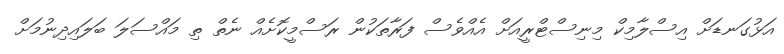
އަޅުގަނޑަށް އިސްލާމިކް މިނިސްޓްރީއަށް އެއްވެސް ފަރާތަކުން ރަސްމީކޮށެއް ނެތް ތި މައްސަލަ ބަލައިދިނުމަށް